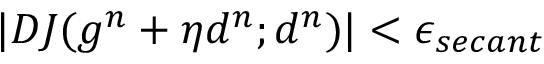
| D J ( g ^ { n } + \eta d ^ { n } ; d ^ { n } ) | < \epsilon _ { s e c a n t }